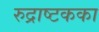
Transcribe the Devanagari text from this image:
रुद्राष्टकका